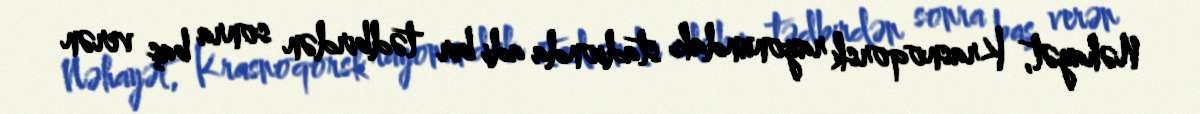
Nəhayət, Krasnoqorsk rayonundakı stadionda adi bir tədbirdən sonra baş verən